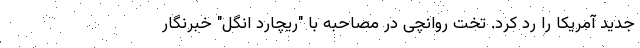
جدید آمریکا را رد کرد. تخت روانچی در مصاحبه با "ریچارد انگل" خبرنگار